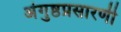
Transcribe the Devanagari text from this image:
अंगुष्ठप्रसारणी